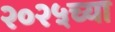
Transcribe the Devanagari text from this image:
२०२५च्या